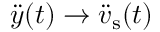
\ddot { y } ( t ) \rightarrow \ddot { v } _ { \mathrm { s } } ( t )